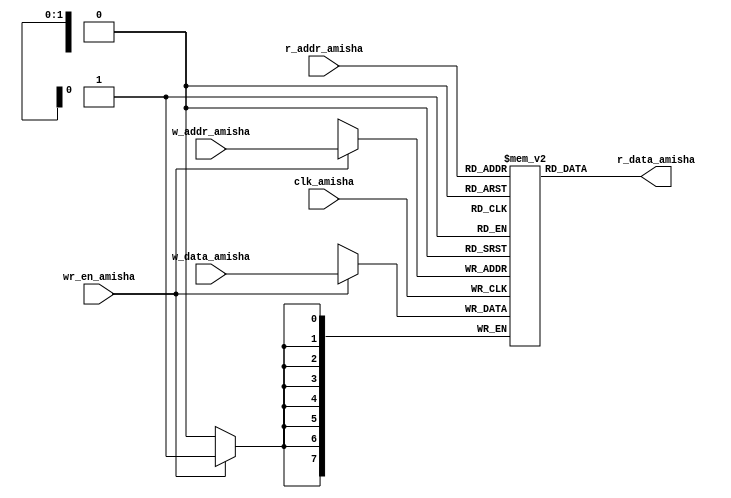
`timescale 1ns / 1ps
//////////////////////////////////////////////////////////////////////////////////
// Company: 
// Engineer: 
// 
// Design Name: 
// Module Name:    reg_file_Amisha 
// Project Name: 
// Target Devices: 
// Tool versions: 
// Description: 
//
// Dependencies: 
//
// Revision: 
// Revision 0.01 - File Created
// Additional Comments: 
//
//////////////////////////////////////////////////////////////////////////////////
module reg_file_Amisha
# ( 
parameter B_amisha = 8,
W_amisha = 2 
 )
(
    input clk_amisha,
    input wr_en_amisha,
    input [W_amisha-1 : 0] w_addr_amisha,
    input [W_amisha-1 : 0] r_addr_amisha,
    input [B_amisha-1 : 0] w_data_amisha,
    output [B_amisha-1 : 0] r_data_amisha
    );
reg [B_amisha-1:0] array_reg_amisha [2**W_amisha-1:0] ; 
 
always @(posedge clk_amisha) 
	if (wr_en_amisha) 
		array_reg_amisha [w_addr_amisha] <= w_data_amisha; 

assign r_data_amisha = array_reg_amisha [r_addr_amisha] ;
endmodule